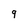
Character: 9